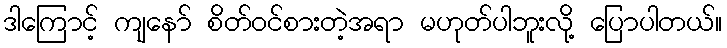
ဒါကြောင့် ကျနော် စိတ်ဝင်စားတဲ့အရာ မဟုတ်ပါဘူးလို့ ပြောပါတယ်။